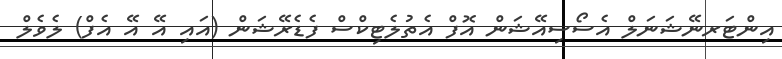
އިންޓަރނޭޝަނަލް އެސޯސިއޭޝަން އޮފް އެތުލެޓިކްސް ފެޑެރޭޝަން (އައި އޭ އޭ އެފް) ލެވެލް